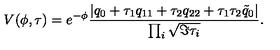
V ( \phi , \tau ) = e ^ { - \phi } { \frac { | q _ { 0 } + \tau _ { 1 } q _ { 1 1 } + \tau _ { 2 } q _ { 2 2 } + \tau _ { 1 } \tau _ { 2 } \tilde { q } _ { 0 } | } { \prod _ { i } \sqrt { \Im \tau _ { i } } } } .